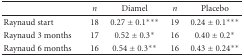
<table><thead><tr><td></td><td><b><i>n</i></b></td><td><b>Diamel</b></td><td><b><i>n</i></b></td><td><b>Placebo</b></td></tr></thead><tbody><tr><td>Raynaud start</td><td>18</td><td>0.27 ± 0.1***</td><td>19</td><td>0.24 ± 0.1***</td></tr><tr><td>Raynaud 3 months</td><td>17</td><td>0.52 ± 0.3*</td><td>16</td><td>0.40 ± 0.2*</td></tr><tr><td>Raynaud 6 months</td><td>16</td><td>0.54 ± 0.3**</td><td>16</td><td>0.43 ± 0.24**</td></tr></tbody></table>